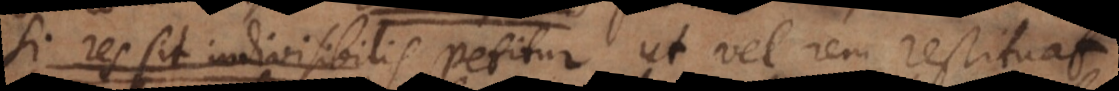
sit petitur divisio. Si petitur ut vel rem restituat